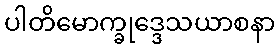
ပါတိမောက္ခုဒ္ဒေသယာစနာ